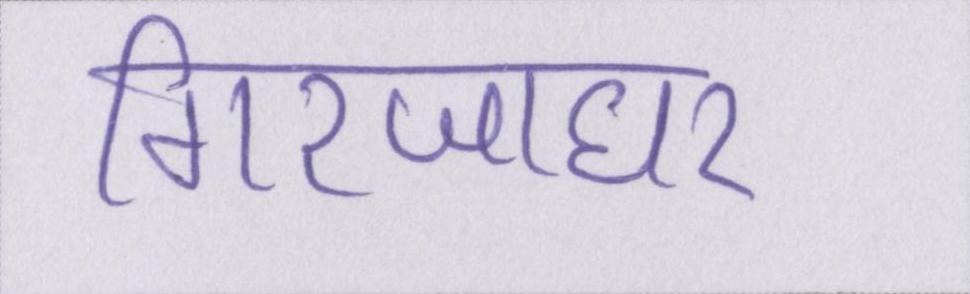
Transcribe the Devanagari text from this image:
गिरजाघर